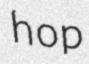
hop